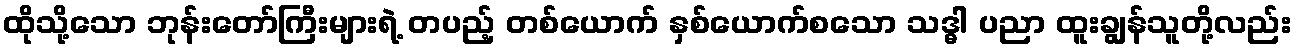
ထိုသို့သော ဘုန်းတော်ကြီးများရဲ့ တပည့် တစ်ယောက် နှစ်ယောက်စသော သဒ္ဓါ ပညာ ထူးချွန်သူတို့လည်း